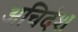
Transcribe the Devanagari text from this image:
अचिदंश